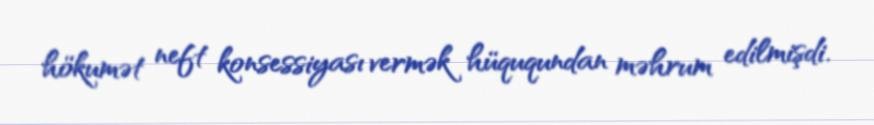
hökumət neft konsessiyası vermək hüququndan məhrum edilmişdi.